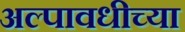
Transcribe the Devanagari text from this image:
अल्पावधीच्या